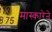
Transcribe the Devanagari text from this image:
मास्कारेने